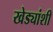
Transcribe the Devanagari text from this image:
खेड्यांशी